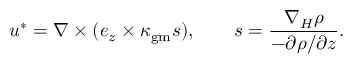
\boldsymbol { u } ^ { * } = \nabla \times ( \boldsymbol { e } _ { z } \times \kappa _ { \mathrm { g m } } \boldsymbol { s } ) , \qquad \boldsymbol { s } = \frac { \nabla _ { H } \rho } { - \partial \rho / \partial z } .